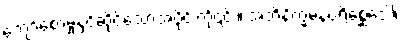
ကျော်စောမှုနှင့်ဆိုင်သောအပိုင်းကို၎င်း။ အဘိနိက္ခမနပရိစ္ဆေဒေါ၊